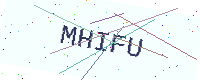
Text: MHIFU